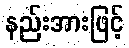
နည်းအားဖြင့်